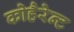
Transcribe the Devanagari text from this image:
कोहैरेन्ट